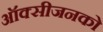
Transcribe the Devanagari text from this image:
ऑक्सीजनको